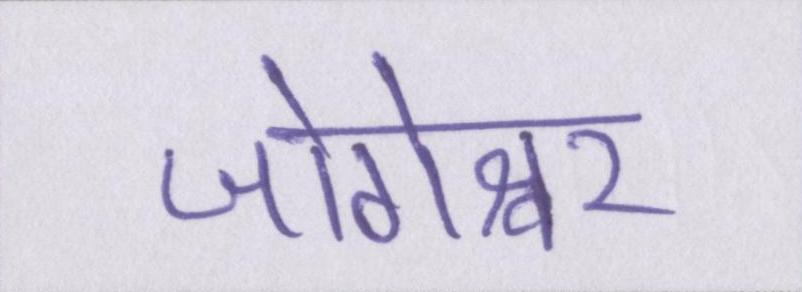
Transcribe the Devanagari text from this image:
जोगेश्वर